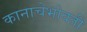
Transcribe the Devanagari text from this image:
कानाचेभोवती